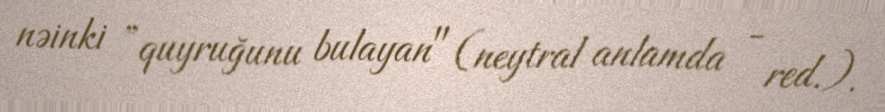
nəinki ”quyruğunu bulayan" (neytral anlamda - red.).